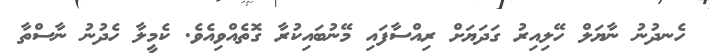
ހެނދުނު ނާޔަލް ހޭލިއިރު ގަދަޔަށް ރިއްސާފައި މޭނުބައިކުރާ ގޮތެއްވިއެވެ. ކެމީލާ ހެދުނު ނާސްތާ